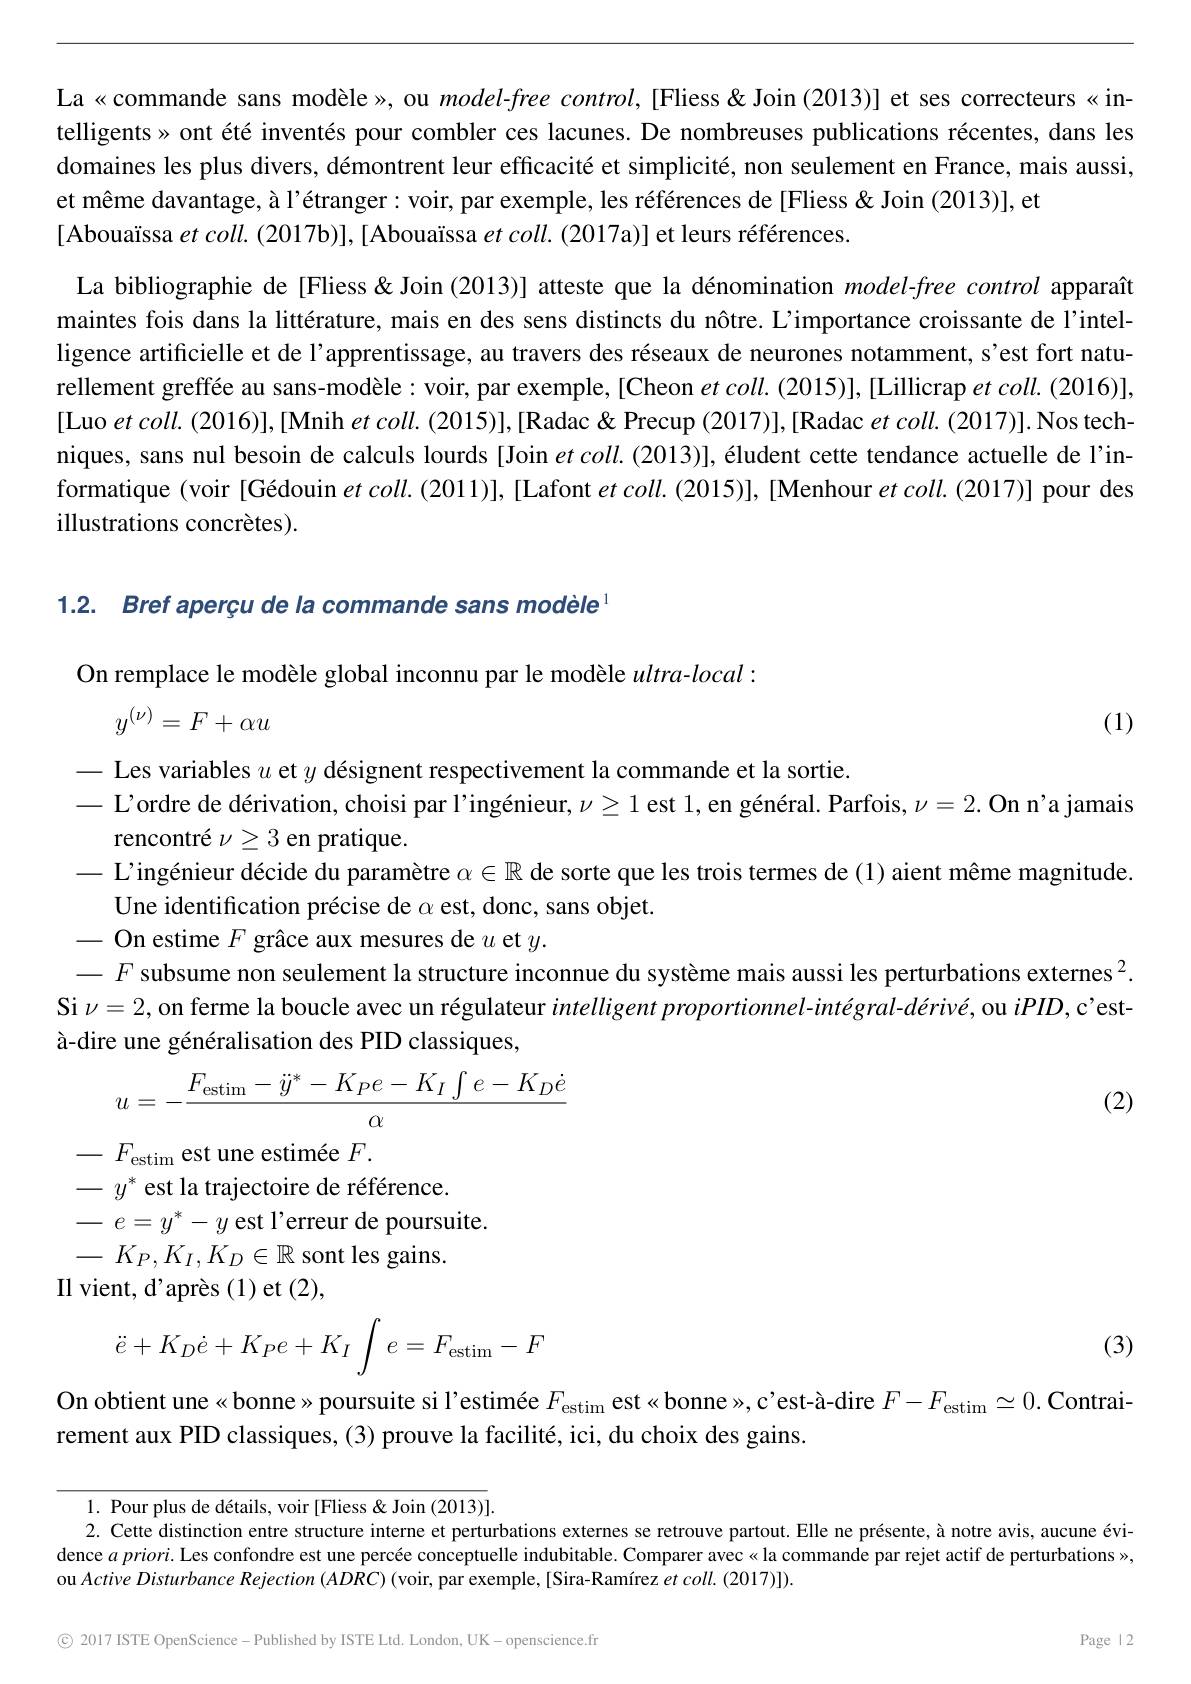
La«commande sans modèle», ou $model-free$ control,[Fliess&Join (2013)] et ses correcteurs «intelligents» ont été inventés pour combler ces lacunes. De nombreuses publications récentes, dans les domaines les plus divers, démontrent leur efficacité et simplicité, non seulement en France, mais aussi, et même davantage, à l'étranger: voir, par exemple, les références de [Fliess& Join (2013)], et
[Abouaïssa et coll. (2017b)],[Abouaïssa $et\textit{coll. ( 2017a) }]$ et leurs références.

La bibliographie de [Fliess& Join (2013)] atteste que la dénomination $model-free$ control apparaît maintes fois dans la littérature, mais en des sens distincts du nôtre. L'importance croissante de l'intelligence artificielle et de l'apprentissage, au travers des réseaux de neurones notamment, s'est fort naturellement greffée au sans-modèle: voir, par exemple, [Cheon $et\textit{coll. ( 2015) }] $, [Lillicrap et coll. (2016)], [Luo et coll. (2016)],[Mnih et coll. (2015)],[Radac & Precup (2017)],[Radac et coll. (2017)].Nos techniques, sans nul besoin de calculs lourds [Join $et\textit{coll. ( 2013) }] , \text{\' {e}ludentcettetetendanceactuelledel' in- }$ formatique (voir [Gédouin $et\textit{coll. ( 2011) }] $,[Lafont et coll. (2015)], [Menhour $et\textit{coll. ( 2017) }]$ pour des illustrations concrètes).

1.2. Bref aperçu de la commande sans modèle$^{1}$

On remplace le modèle global inconnu par le modèle $ultra-local:$

(1)
$$y^{(\nu)}=F+\alpha u$$
- Les variables $u$ et $y$ désignent respectivement la commande et la sortie.
$—$ L'ordre de dérivation, choisi par l'ingénieur, $\nu\geq1$ est $1, \text{en g\'{e} n\'{e} ral. Parfois, }\nu = 2.$ On n'a jamais
rencontré $\nu\geq3$ en pratique.
- L'ingénieur décide du paramètre $\alpha\in\mathbb{R}$ de sorte que les trois termes de (1) aient même magnitude.
Une identification précise de $\alpha$ est, donc, sans objet.
- On estime $F$ grâce aux mesures de $u$ et $y.$
$-F$ subsume non seulement la structure inconnue du système mais aussi les perturbations externes $^2.$ Si $\nu=2$, on ferme la boucle avec un régulateur intelligent proportionnel-intégral-dérivé, ou $iPID$, c'està-dire une généralisation des PID classiques,
$$u=-\frac{F_\mathrm{estim}-\ddot{y}^*-K_Pe-K_I\int e-K_D\dot{e}}{\alpha}$$
$-F_{\mathrm{estim~est~une~estimée~}F.}^{\alpha}$ $- y^{* }\text{ est la trajectoire de r\'{e} f\'{e} rence. }$ $- e= y^{* }- y$ est l' erreur de poursuite.

(2)

$-K_P,K_I,K_D\in\mathbb{R}$ sont les gains.
Il vient, d'après (1) et (2),
$$\ddot{e}+K_D\dot{e}+K_Pe+K_I\int e=F_{\mathrm{estim}}-F$$
(3)

On obtient une«bonne» poursuite si l'estimée $F_\mathrm{estim}$ est«bonne», c'est-à-dire $F-F_\mathrm{estim}\simeq0.$ Contrai-

rement aux PID classiques, (3) prouve la facilité, ici, du choix des gains.

1. Pour plus de détails, voir [Fliess& Join (2013)].
2. Cette distinction entre structure interne et perturbations externes se retrouve partout. Elle ne présente, à notre avis, aucune évidence $a$ priori. Les confondre est une percée conceptuelle indubitable. Comparer avec« la commande par rejet actif de perturbations», ou Active Disturbance Rejection (ADRC) (voir, par exemple, [Sira-Ramírez et coll. (2017)]).

© 2017 ISTE OpenScience- Published by ISTE Ltd. London, UK- openscience.fr

Page 12